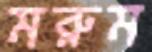
মরুম